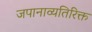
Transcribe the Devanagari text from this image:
जपानाव्यतिरिक्त